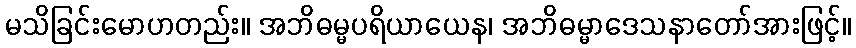
မသိခြင်းမောဟတည်း။ အဘိဓမ္မပရိယာယေန၊ အဘိဓမ္မာဒေသနာတော်အားဖြင့်။